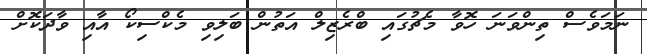
ނަމަވެސް ތިންވަނަ ހޮވާ މެޗުގައި ބްރެޒިލް އަތުން ބަލިވި މެކްސިކޯ އާއި ވާދަކޮށް